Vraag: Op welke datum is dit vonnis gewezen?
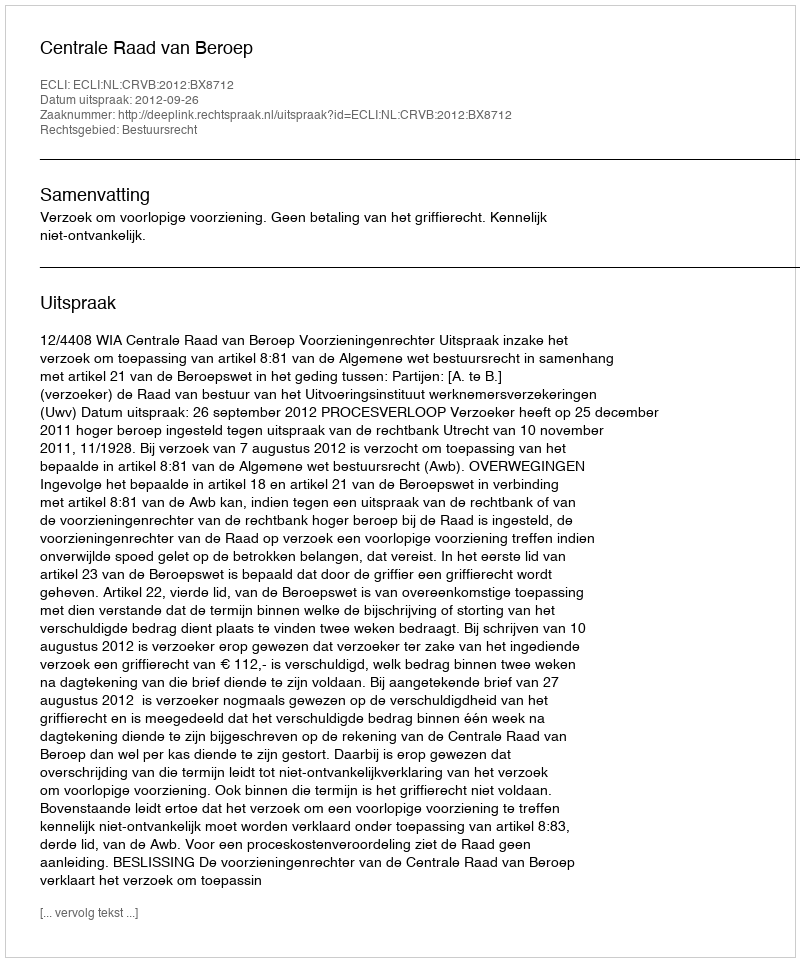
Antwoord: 2012-09-26